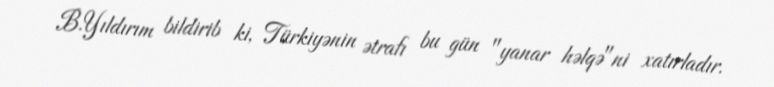
B.Yıldırım bildirib ki, Türkiyənin ətrafı bu gün "yanar həlqə"ni xatırladır.